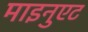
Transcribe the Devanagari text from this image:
माइनुएट